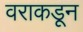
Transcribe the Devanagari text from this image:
वराकडून